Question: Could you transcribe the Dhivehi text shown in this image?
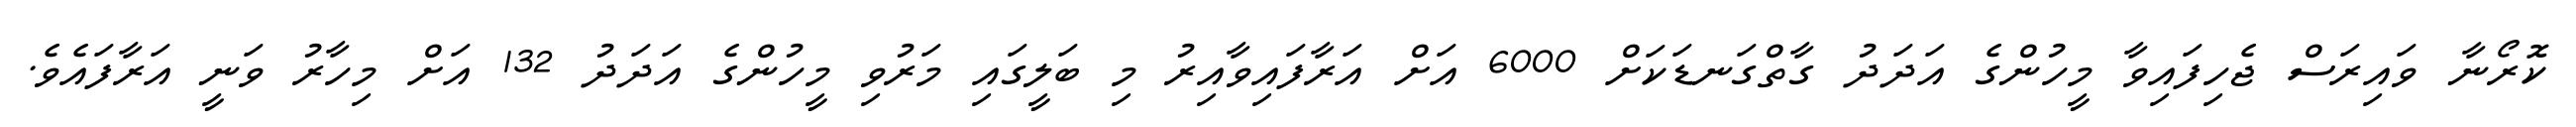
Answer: ކޮރޯނާ ވައިރަސް ޖެހިފައިވާ މީހުންގެ އަދަދު ގާތްގަނޑަކަށް 6000 އަށް އަރާފައިވާއިރު މި ބަލީގައި މަރުވި މީހުންގެ އަދަދު 132 އަށް މިހާރު ވަނީ އަރާފައެވެ.